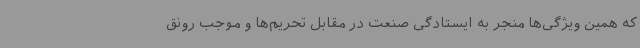
که همین ویژگی‌ها منجر به ایستادگی صنعت در مقابل تحریم‌ها و موجب رونق